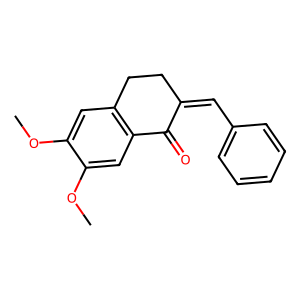
SMILES: COc1cc2c(cc1OC)C(=O)C(=Cc1ccccc1)CC2
Inhibits HIV replication: No